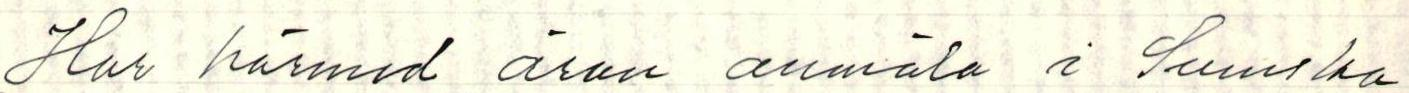
Har härmed äran anmäla i Svenska